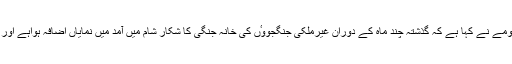
2014ء)امریکا کے وفاقی ادارہ تحقیقات (ایف بی آئی) کے ڈائریکٹر جیمز کومے نے کہا ہے کہ گذشتہ چند ماہ کے دوران غیرملکی جنگجووٴں کی خانہ جنگی کا شکار شام میں آمد میں نمایاں اضافہ ہواہے اور دسیوں امریکی ہزاروں یورپیوں کے ساتھ مل کر وہاں لڑائی میں شریک ہیں۔